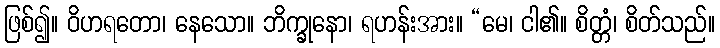
ဖြစ်၍။ ဝိဟရတော၊ နေသော။ ဘိက္ခုနော၊ ရဟန်းအား။ “မေ၊ ငါ၏။ စိတ္တံ၊ စိတ်သည်။